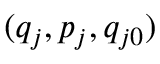
( q _ { j } , p _ { j } , q _ { j 0 } )